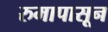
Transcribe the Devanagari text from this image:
रुमापासून